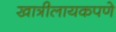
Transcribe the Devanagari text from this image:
खात्रीलायकपणे